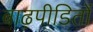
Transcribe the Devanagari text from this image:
बाढ़पीडितों